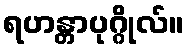
ရဟန္တာပုဂ္ဂိုလ်။